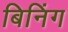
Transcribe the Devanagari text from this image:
बिनिंग